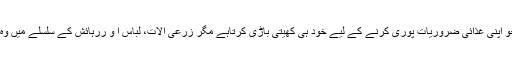
مثلاً ایک شخص کسان ہے جو اپنی غذائی ضروریات پوری کرنے کے لیے خود ہی کھیتی باڑی کرتاہے مگر زرعی آلات، لباس ا و ررہائش کے سلسلے میں وہ دوسروں کا محتاج ہوتا ہے۔